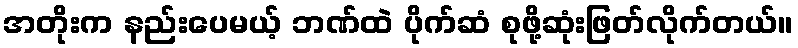
အတိုးက နည်းပေမယ့် ဘဏ်ထဲ ပိုက်ဆံ စုဖို့ဆုံးဖြတ်လိုက်တယ်။